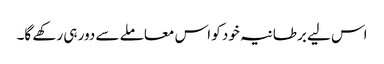
اس لیے برطانیہ خود کو اس معاملے سے دور ہی رکھے گا۔